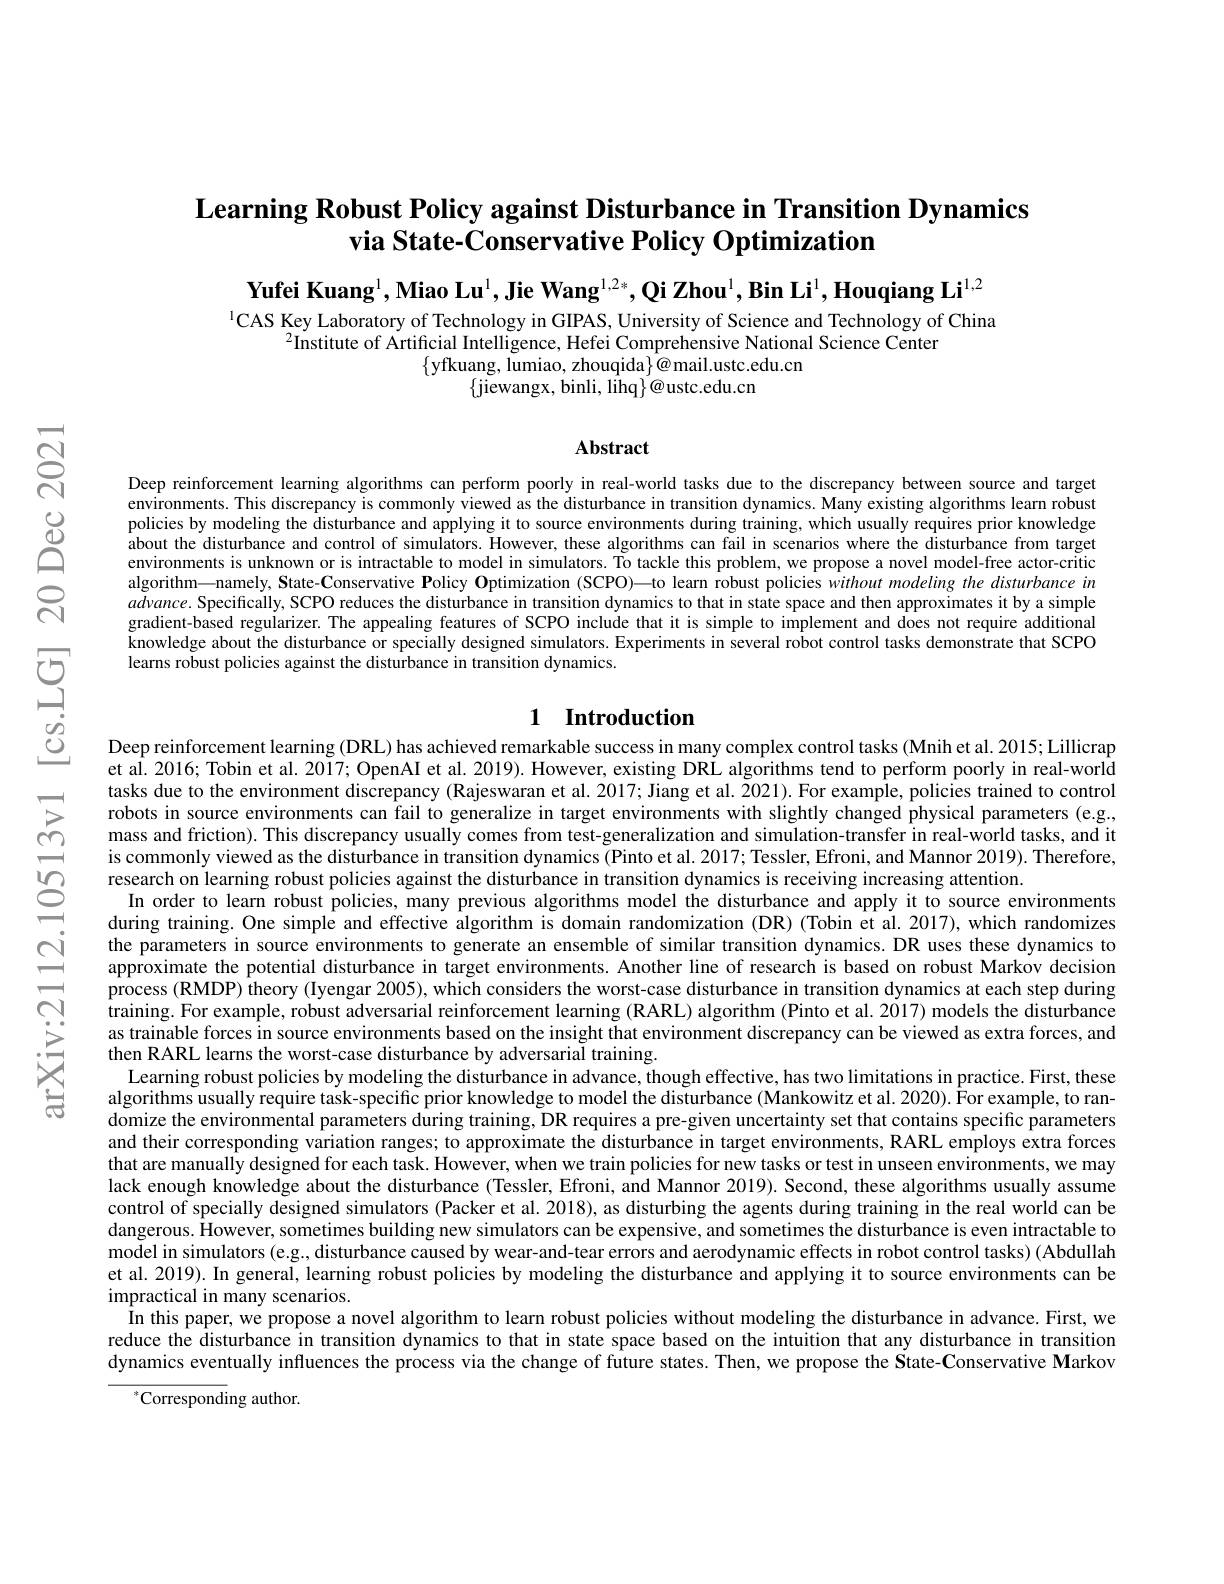
## $\textbf{Learning Robust Policy against Disturbance in Transition Dynamics}$ via State-Conservative Policy Optimization

Yufei Kuang$^1,\textbf{Miao Lu}^1,\textbf{Jie Wang}^{1,2*},\textbf{Qi Zhou}^1,\textbf{Bin Li}^1,\textbf{Houqiang Li}^{1,2}$

$^{1}$CAS Key Laboratory of Technology in GIPAS, University of Science and Technology of China
$^{2}$Institute of Artificial Intelligence, Hefei Comprehensive National Science Center
$\{$yfkuang, lumiao, zhouqida$\}@$mail.ustc.edu.cn
$\{$jiewangx, binli, lihq$\}@$ustc.edu.cn

Abstract

Deep reinforcement learning algorithms can perform poorly in real-world tasks due to the discrepancy between source and target environments. This discrepancy is commonly viewed as the disturbance in transition dynamics. Many existing algorithms learn robust policies by modeling the disturbance and applying it to source environments during, training, which usually requires prior knowledge about the disturbance and control of simulators. However, these algorithms can fail in scenarios where the disturbance from target environments is unknown or is intractable to model in simulators. To tackle this problem, we propose a novel model-free actor-critic algorithm—namely, State-Conservative Policy Optimization (SCPO)—to learn robust policies without modeling the disturbance in $advance.$ Specifically, SCPO reduces the disturbance in transition dynamics to that in state space and then approximates it by a simple gradient-based regularizer. The appealing features of SCPO include that it is simple to implement and does not require additional knowledge about the disturbance or specially designed simulators. Experiments in several robot control tasks demonstrate that SCPO learns robust policies against the disturbance in transition dynamics.

## 1 Introduction

Deep reinforcement learning (DRL) has achieved remarkable success in many complex control tasks (Mnih et al. 2015; Lillicrap et al. 2016; Tobin et al. 2017; OpenAI et al. 2019). However, existing DRL algorithms tend to perform poorly in real-world tasks due to the environment discrepancy (Rajeswaran et al. 2017; Jiang et al. 2021). For example, policies trained to control robots in source environments can fail to generalize in target environments with slightly changed physical parameters (e.g., mass and friction). This discrepancy usually comes from test-generalization and simulation-transfer in real-world tasks, and it is commonly viewed as the disturbance in transition dynamics (Pinto et al. 2017; Tessler, Efroni, and Mannor 2019). Therefore, research on learning robust policies against the disturbance in transition dynamics is receiving increasing attention.
In order to learn robust policies, many previous algorithms model the disturbance and apply it to source environments during training. One simple and effective algorithm is domain randomization (DR) (Tobin et al. 2017), which randomizes the parameters in source environments to generate an ensemble of similar transition dynamics. DR uses these dynamics to approximate the potential disturbance in target environments. Another line of research is based on robust Markov decision process (RMDP) theory (Iyengar 2005), which considers the worst-case disturbance in transition dynamics at each step during training. For example, robust adversarial reinforcement learning (RARL) algorithm (Pinto et al. 2017) models the disturbance as trainable forces in source environments based on the insight that environment discrepancy can be viewed as extra forces, and then RARL learns the worst-case disturbance by adversarial training.
Learning robust policies by modeling the disturbance in advance, though effective, has two limitations in practice. First, these algorithms usually require task-specific prior knowledge to model the disturbance (Mankowitz et al. 2020). ÎFor example, to randomize the environmental parameters during training, DR requires a pre-given uncertainty set that contains specific parameters and their corresponding variation ranges; to approximate the disturbance in target environments, RARL employs extra forces that are manually designed for each task. However, when we train policies for new tasks or test in unseen environments, we may lack enough knowledge about the disturbance (Tessler, Efroni, and Mannor 2019). Second, these algorithms usually assume control of specially designed simulators (Packer et al. 2018), as disturbing the agents during training in the real world can be dangerous. However, sometimes building new simulators can be expensive, and sometimes the disturbance is even intractable to model in simulators (e.g., disturbance caused by wear-and-tear errors and aerodynamic effects in robot control tasks) (Abdullah et al. 2019). In general, learning robust policies by modeling the disturbance and applying it to source environments can be impractical in many scenarios.
In this paper, we propose a novel algorithm to learn robust policies without modeling the disturbance in advance. First, we reduce the disturbance in transition dynamics to that in state space based on the intuition that any disturbance in transition dynamics eventually influences the process via the change of future states. Then, we propose the State-Conservative Markov
$^*$Corresponding author.